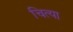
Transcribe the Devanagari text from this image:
चित्या